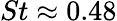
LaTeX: St\approx 0.48